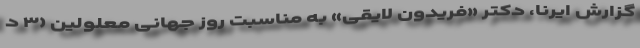
گزارش ایرنا، دکتر «فریدون لایقی» به مناسبت روز جهانی معلولین (۳ د